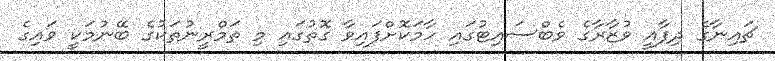
ޗައިނާގެ ދިފާއީ ވުޒާރާގެ ވެބްސައިޓުގައި ހާމަކޮށްފައިވާ ގޮތުގައި މި ތަމްރީނުތަކުގެ ބޭނުމަކީ ވައިގެ